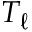
T _ { \ell }